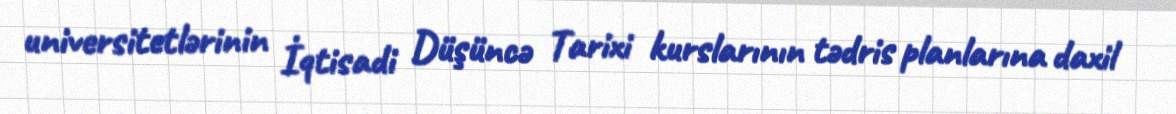
universitetlərinin İqtisadi Düşüncə Tarixi kurslarının tədris planlarına daxil